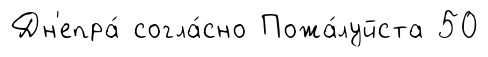
Дн'епра́ согла́сно Пожа́луйста 50